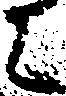
に